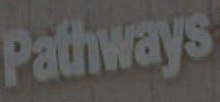
Pathways